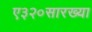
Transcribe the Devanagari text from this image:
ए३२०सारख्या